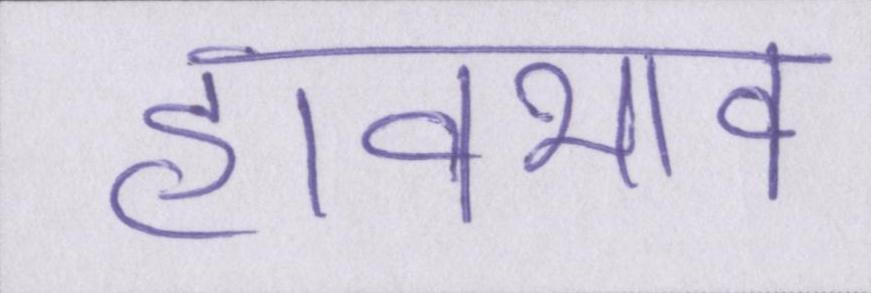
हावभाव